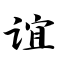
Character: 谊